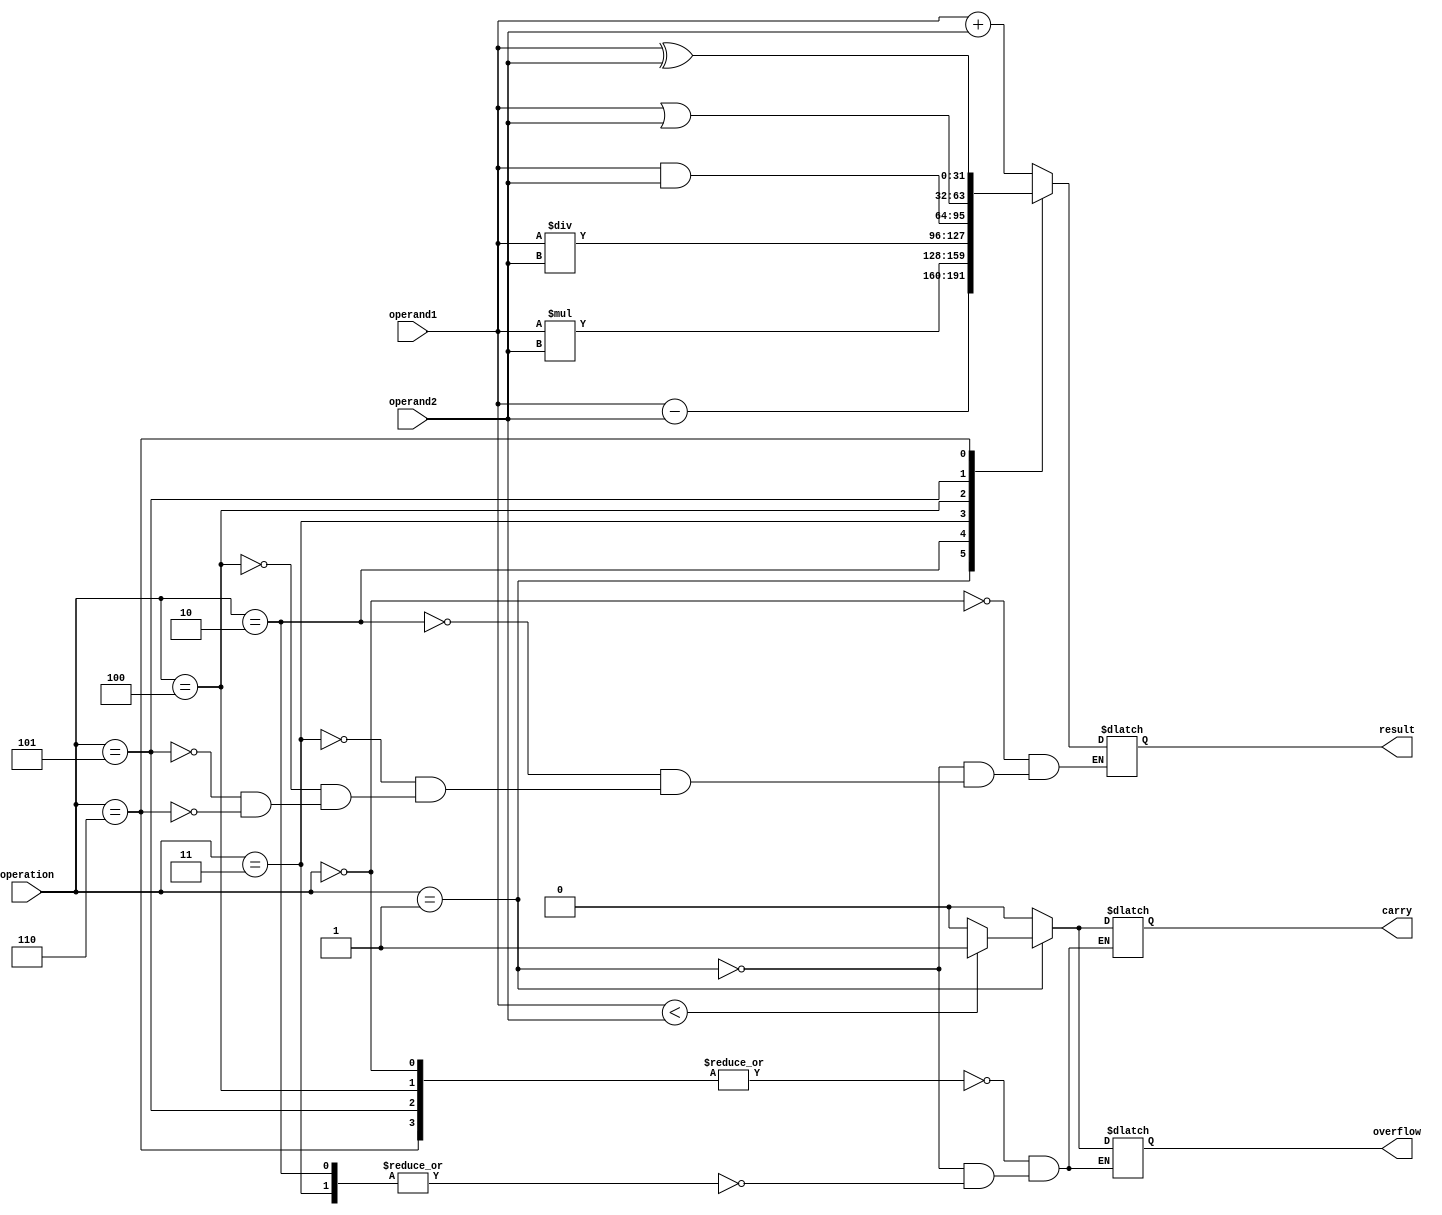
module alu (
    input [31:0] operand1,
    input [31:0] operand2,
    input [2:0] operation, // 0: addition, 1: subtraction, 2: multiplication, 3: division, 4: AND, 5: OR, 6: XOR
    output reg [31:0] result,
    output reg carry,
    output reg overflow
);

always @(*) begin
    case(operation)
        3'b000: result = operand1 + operand2; // addition
        3'b001: result = operand1 - operand2; // subtraction
        3'b010: result = operand1 * operand2; // multiplication
        3'b011: result = operand1 / operand2; // division
        3'b100: result = operand1 & operand2; // AND
        3'b101: result = operand1 | operand2; // OR
        3'b110: result = operand1 ^ operand2; // XOR
    endcase
end

// additional logic for carry and overflow flags based on the operation
always @(*) begin
    case(operation)
        3'b000, 3'b100, 3'b101, 3'b110: begin // addition, AND, OR, XOR have no carry or overflow
            carry = 1'b0;
            overflow = 1'b0;
        end
        3'b001: begin // subtraction
            if(operand1 < operand2) begin
                carry = 1'b1;
                overflow = 1'b1;
            end else begin
                carry = 1'b0;
                overflow = 1'b0;
            end
        end
        3'b010, 3'b011: begin // multiplication, division
            carry = 1'b0;
            overflow = 1'b0;
        end
    endcase
end

endmodule